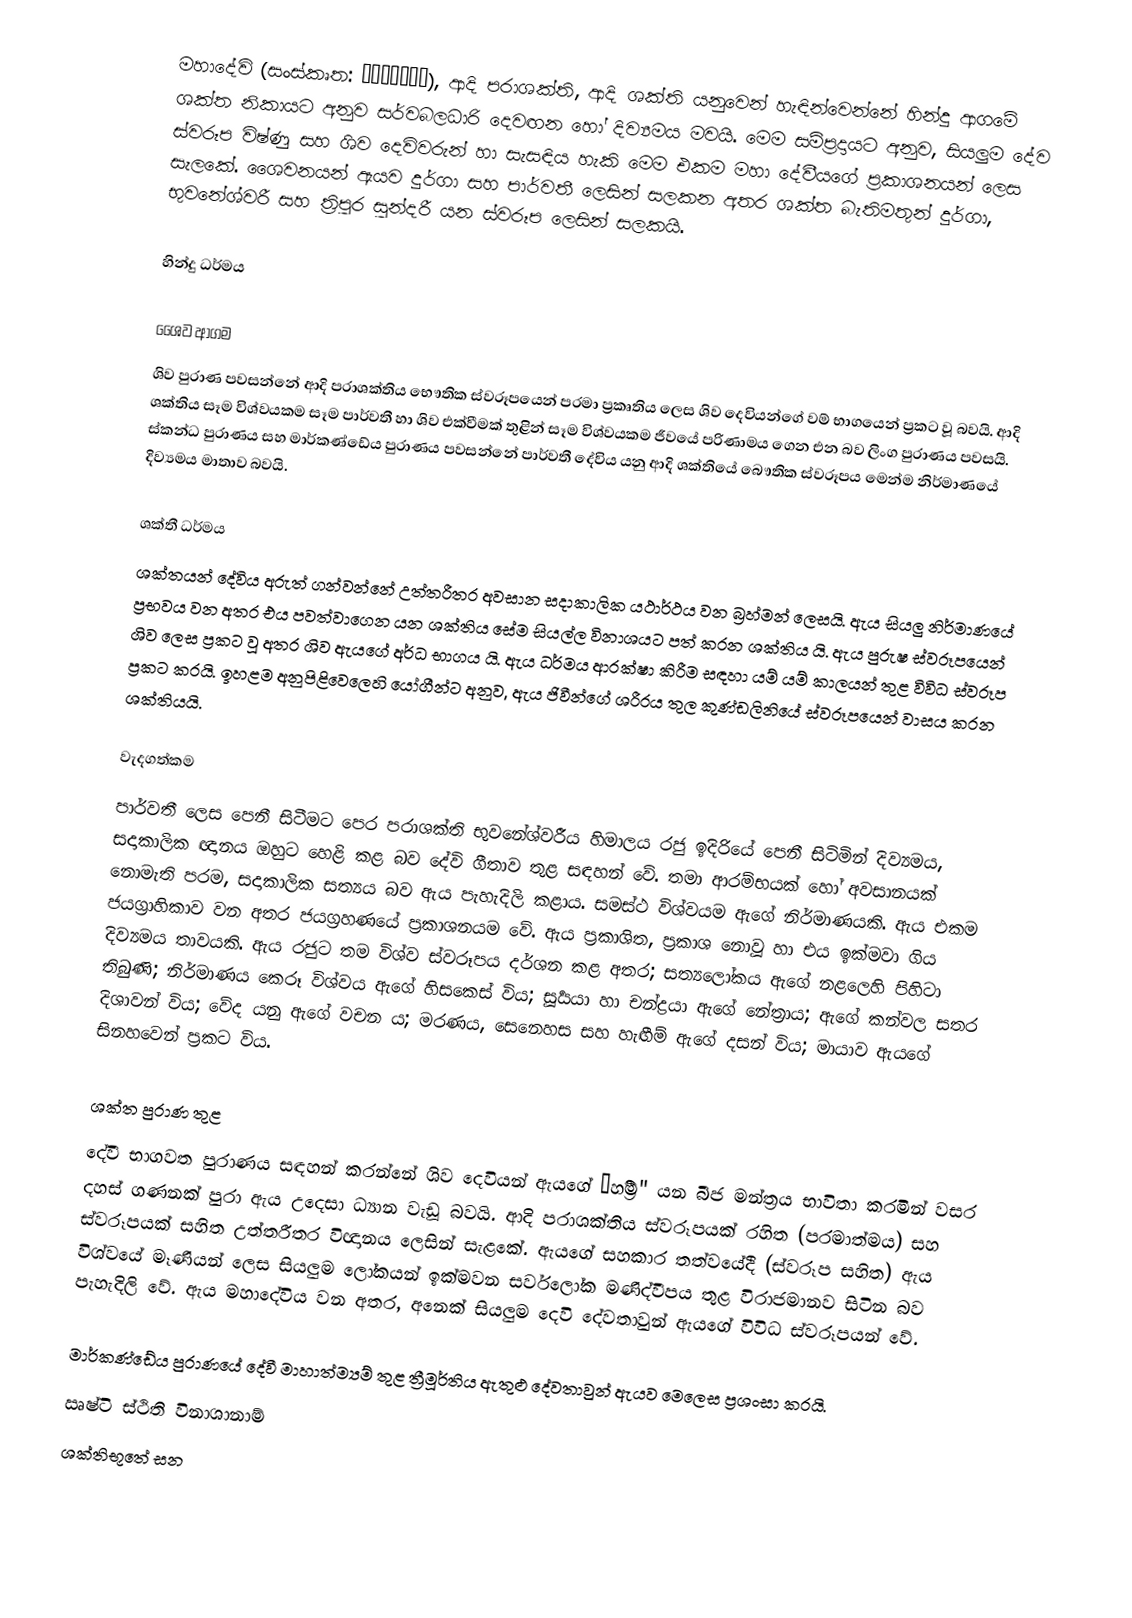
මහාදේවි (සංස්කෘත: महादेवी), ආදි පරාශක්ති, ආදි ශක්ති යනුවෙන් හැඳින්වෙන්නේ හින්දු ආගමේ ශක්ත නිකායට අනුව සර්වබලධාරි දෙවඟන හෝ දිව්‍යමය මවයි. මෙම සම්ප්‍රදායට අනුව, සියලුම දේව ස්වරූප විෂ්ණු සහ ශිව දෙවිවරුන් හා සැසඳිය හැකි මෙම එකම මහා දේවීයගේ ප්‍රකාශනයන් ලෙස සැලකේ. ශෛවනයන් ඇයව දුර්ගා සහ පාර්වතී ලෙසින් සලකන අතර ශක්ත බැතිමතුන් දුර්ගා, භුවනේශ්වරී සහ ත්‍රිපුර සුන්දරී යන ස්වරූප ලෙසින් සලකයි.

හින්දු ධර්මය

ශෛව ආගම
ශිව පුරාණ පවසන්නේ ආදි පරාශක්තිය භෞතික ස්වරූපයෙන් පරමා ප්‍රකෘතිය ලෙස ශිව දෙවියන්ගේ වම් භාගයෙන් ප්‍රකට වූ බවයි. ආදි ශක්තිය සෑම විශ්වයකම සෑම පාර්වතී හා ශිව එක්වීමක් තුළින් සෑම විශ්වයකම ජීවයේ පරිණාමය ගෙන එන බව ලිංග පුරාණය පවසයි. ස්කන්ධ පුරාණය සහ මාර්කණ්ඩේය පුරාණය පවසන්නේ පාර්වතී දේවිය යනු ආදි ශක්තියේ බෞතික ස්වරූපය මෙන්ම නිර්මාණයේ දිව්‍යමය මාතාව බවයි.

ශක්තී ධර්මය
ශක්තයන් දේවිය අරුත් ගන්වන්නේ උත්තරීතර අවසාන සදාකාලික යථාර්ථය වන බ්‍රහ්මන් ලෙසයි. ඇය සියලු නිර්මාණයේ ප්‍රභවය වන අතර එය පවත්වාගෙන යන ශක්තිය සේම සියල්ල විනාශයට පත් කරන ශක්තිය යි. ඇය පුරුෂ ස්වරූපයෙන් ශිව ලෙස ප්‍රකට වූ අතර ශිව ඇයගේ අර්ධ භාගය යි. ඇය ධර්මය ආරක්ෂා කිරීම සඳහා යම් යම් කාලයන් තුළ විවිධ ස්වරූප ප්‍රකට කරයි. ඉහළම අනුපිළිවෙලෙහි යෝගීන්ට අනුව, ඇය ජිවීන්ගේ ශරීරය තුල කුණ්ඩලිනියේ ස්වරූපයෙන් වාසය කරන ශක්තියයි.

වැදගත්කම
පාර්වතී ලෙස පෙනී සිටීමට පෙර පරාශක්ති භුවනේශ්වරීය හිමාලය රජු ඉදිරියේ පෙනී සිටිමින් දිව්‍යමය, සදාකාලික ඥානය ඔහුට හෙළි කළ බව දේවි ගීතාව තුළ සඳහන් වේ. තමා ආරම්භයක් හෝ අවසානයක් නොමැති පරම, සදාකාලික සත්‍යය බව ඇය පැහැදිලි කළාය. සමස්ථ විශ්වයම ඇගේ නිර්මාණයකි. ඇය එකම ජයග්‍රාහිකාව වන අතර ජයග්‍රහණයේ ප්‍රකාශනයම වේ. ඇය ප්‍රකාශිත, ප්‍රකාශ නොවූ හා එය ඉක්මවා ගිය දිව්‍යමය තාවයකි. ඇය රජුට තම විශ්ව ස්වරූපය දර්ශන කළ අතර; සත්‍යලෝකය ඇගේ නළලෙහි පිහිටා තිබුණි; නිර්මාණය කෙරූ විශ්වය ඇගේ හිසකෙස් විය; සූර්‍යයා හා චන්ද්‍රයා ඇගේ නේත්‍රාය; ඇගේ කන්වල සතර දිශාවන් විය; වේද යනු ඇගේ වචන ය; මරණය, සෙනෙහස සහ හැඟීම් ඇගේ දසන් විය; මායාව ඇයගේ සිනහවෙන් ප්‍රකට විය.

ශක්ත පුරාණ තුළ
දේවී භාගවත පුරාණය සඳහන් කරන්නේ ශිව දෙවියන් ඇයගේ “හ්‍රීම්" යන බීජ මන්ත්‍රය භාවිතා කරමින් වසර දහස් ගණනක් පුරා ඇය උදෙසා  ධ්‍යාන වැඩූ බවයි. ආදි පරාශක්තිය ස්වරූපයක් රහිත (පරමාත්මය) සහ ස්වරූපයක් සහිත උත්තරීතර විඥානය ලෙසින් සැළකේ. ඇයගේ සහකාර තත්වයේදී (ස්වරූප සහිත) ඇය විශ්වයේ මෑණියන් ලෙස සියලුම ලෝකයන් ඉක්මවන සර්වලෝක මණිද්වීපය තුළ විරාජමානව සිටින බව පැහැදිලි වේ. ඇය මහාදේවිය වන අතර, අනෙක් සියලුම දෙවි දේවතාවුන් ඇයගේ විවිධ ස්වරූපයන් වේ.

 මාර්කණ්ඩේය පුරාණයේ දේවී මාහාත්ම්‍යම් තුළ ත්‍රීමූර්තිය ඇතුළු දේවතාවුන් ඇයව මෙලෙස ප්‍රශංසා කරයි.
ඍෂ්ටි ස්ථිති විනාශානාම්
ශක්තිභූතේ සන